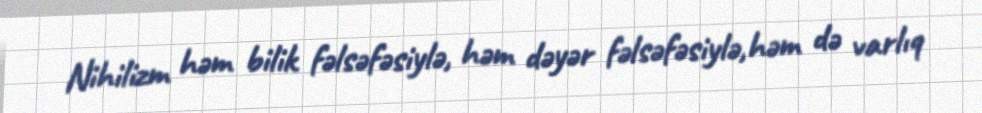
Nihilizm həm bilik fəlsəfəsiylə, həm dəyər fəlsəfəsiylə,həm də varlıq